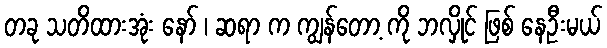
တခု သတိထားအုံး နော် ၊ ဆရာ က ကျွန်တော့ ကို ဘလှိုင် ဖြစ် နေဦးမယ်